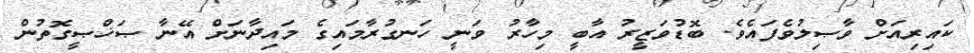
ކައިރިއަށް ވާޞިލުވެފައެވެ. ބޮޑުވަޒީރު އާބީ މިހާރު ވަނީ ހަނގުރާމައިގެ މައިދާނަށް އޭނާ ޞަޚްޞީގޮތުން